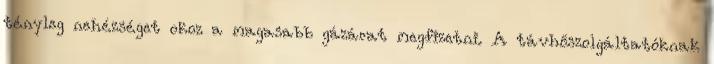
tényleg nehézséget okoz a magasabb gázárat megfizetni. A távhőszolgáltatóknak